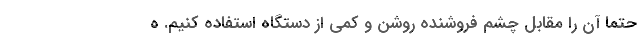
حتما آن را مقابل چشم فروشنده روشن و کمی از دستگاه استفاده کنیم. ه